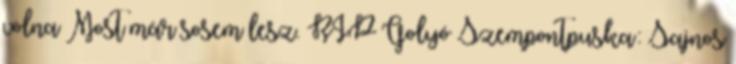
volna Most már sosem lesz. RIP Golyó Szempontpuska: Sajnos